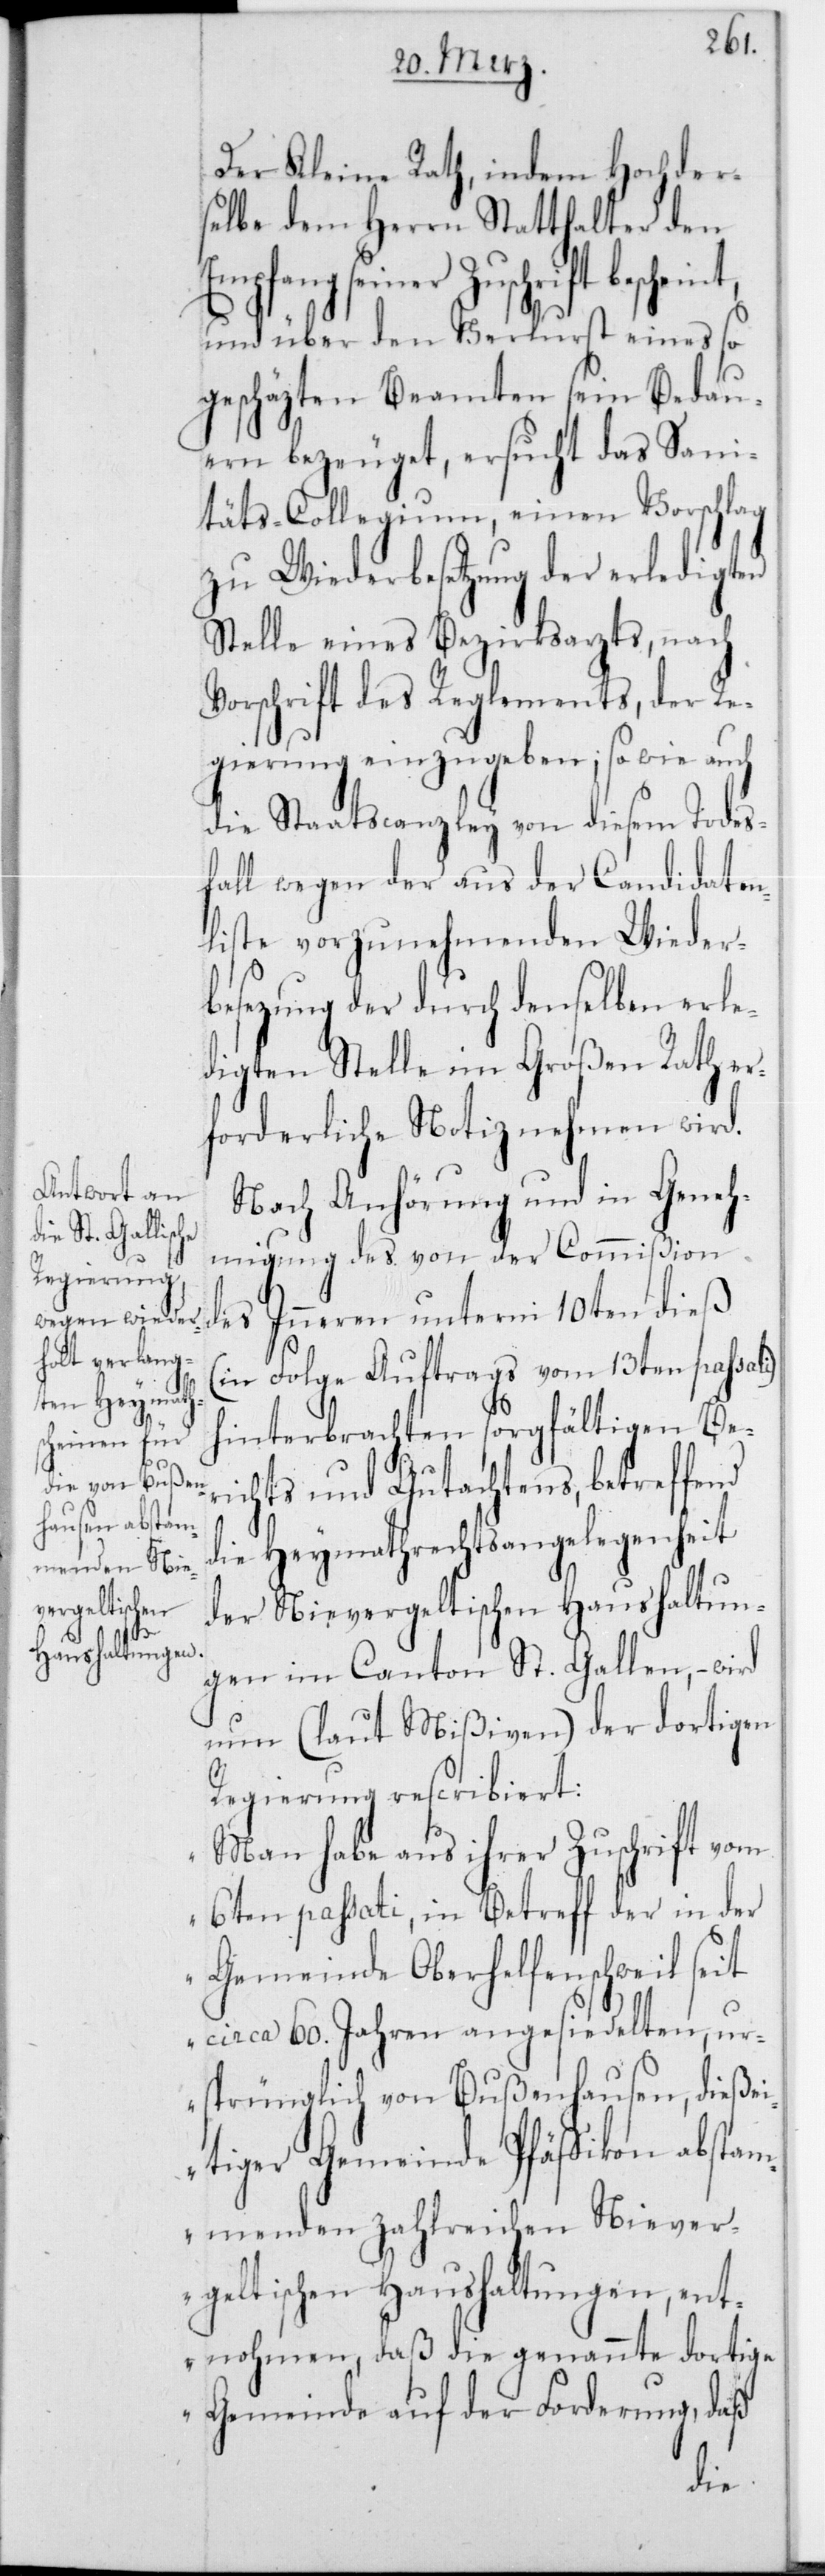
nt,
E¬

Der Kleine Rath, indem Hochder¬
selbe dem Herrn Statthalter den
mpfang seiner Zuschrift beschei¬
und über den Verlust eines so
geschäzten Beamten sein Bedau¬
ern bezeuget, ersucht das Sani¬
täts-Collegium, einen Vorschlag
zu Wiederbesetzung der erledigten
Stelle eines Bezirksarzts, nach
Vorschrift des Reglements, der Re¬
gierung einzugeben; so wie auch
die Staatscanzley von diesem Todes¬
fall wegen der aus der Candidaten¬
liste vorzunehmenden Wieder¬
besetzung der durch denselben erle¬
digten Stelle im Grossen Rath er¬
forderliche Notiz nehmen wird.
Nach Anhörung und in Geneh¬
migung des von der Commißion
des Innern unterm 10ten dieß
(in Folge Auftrags vom 13ten passati)
hinterbrachten sorgfältigen Ber¬
ichts und Gutachtens, betreffend
die Heymathsrechtsangelegenheit
der Nievergeltischen Haushaltun¬
gen im Canton St. Gallen, – wird
nun (laut Mißiven) der dortigen
Regierung rescribiert:
„Man habe aus ihrer Zuschrift vom
6ten passati, in Betreff der in der
Gemeinde Oberhelfenschweil seit
circa 60 Jahren angesiedelten, u¬
rsprünglich von Bußenhausen, dießei¬
tiger Gemeinde Pfäffikon abstam¬
menden zahlreichen Niever¬
geltischen Haushaltungen, ent¬
nohmen, daß die genannte dortige
Gemeinde auf der Forderung, daß